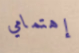
إهتمامي